Karksi_vallavalitsus, lk 19
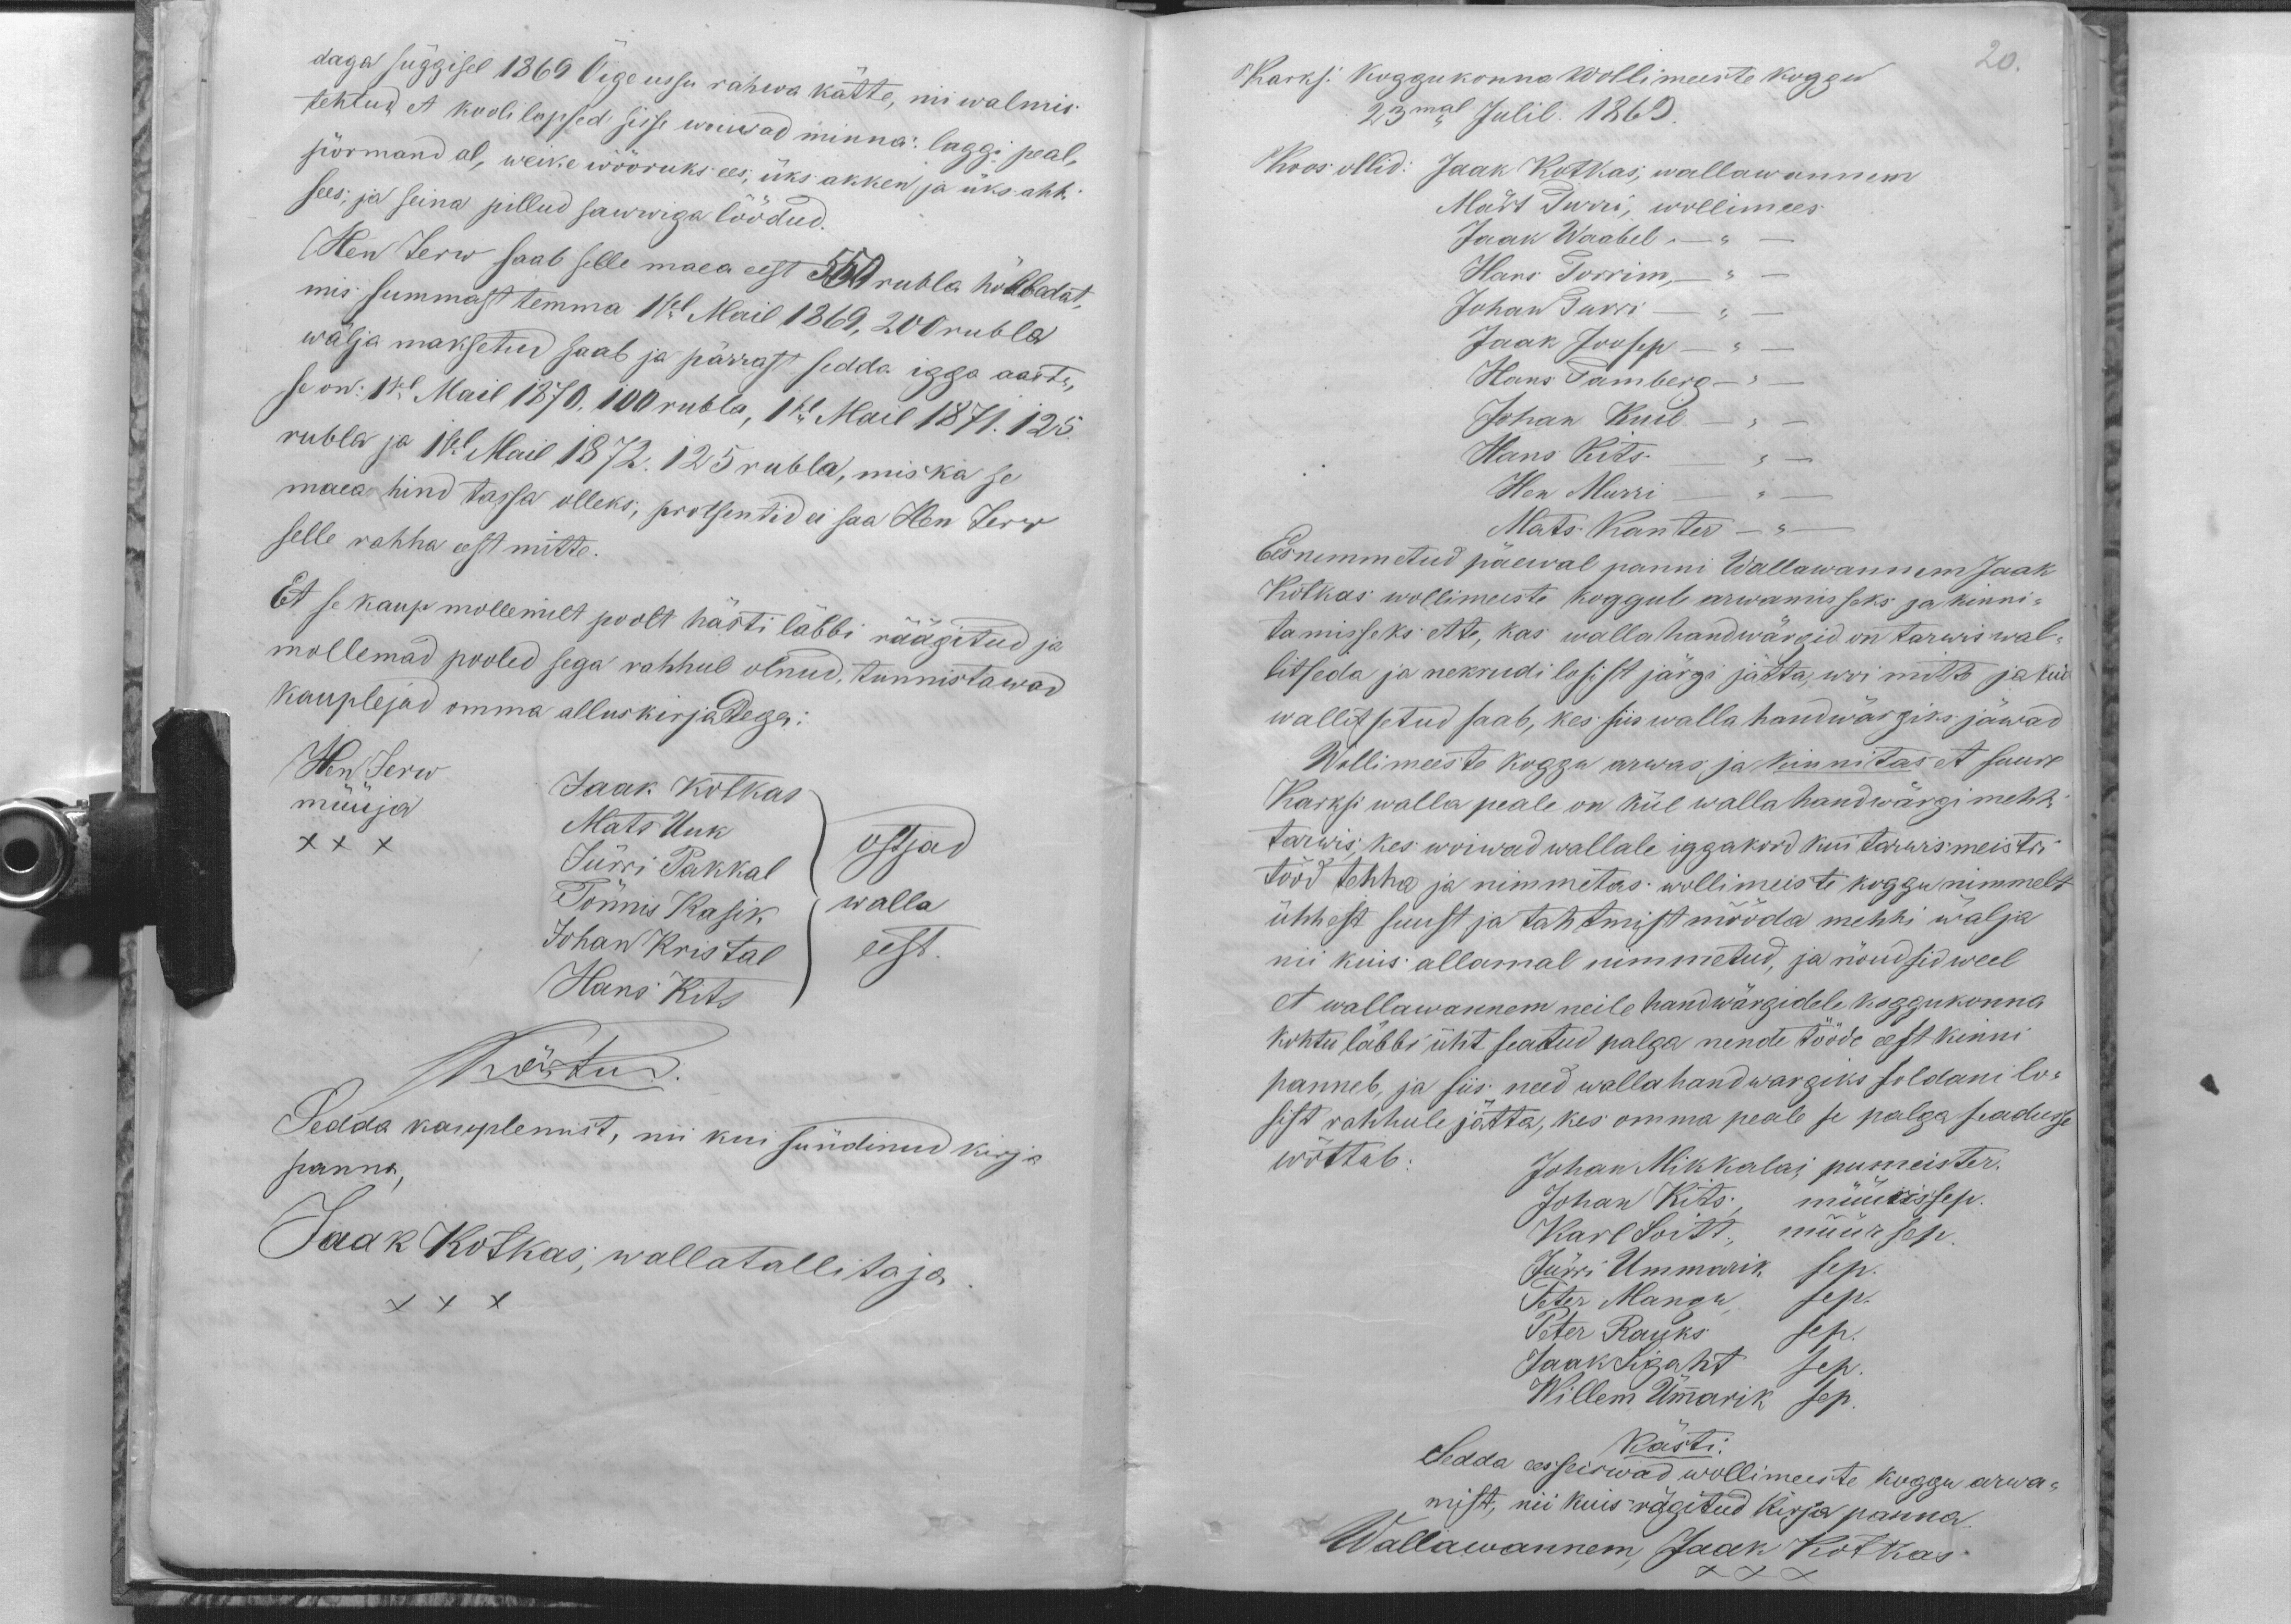
daga süggisel 1869 Õige ussu rahwa kätte, nii walmis
tehtud, et koolilapsed sisse woiwad minna: laggi peal,
põrmand al, weike wööruks ees, üks akken ja üks ahhi
sees; ja seina pillud sawwiga löödud.
Hen Jerw saab selle maa eest 550 rubla hõbbedat,
mis summast temma 1sel Mail 1869, 200 rubla
wälja maksetud saab ja pärrast sedda igga aasta,
se on: 1sel Mail 1870. 100 rubla, 1sel Mail 1871. 125.
rubla ja 1sel Mail 1872. 125 rubla, mis ka se
maa hind tassa olleks: protsentid ei saa Hen Jerw
selle rahha eest mitte.
Et se kaup mollemilt poolt hästi läbbi räägitud ja
mollemad pooled sega rahhul olnud, tunnistawad
kauplejad omma alluskirjadega.
Hen Jerw
Jaak Kotkas
müüja
XXX
Mats Uuk
Jürri Pakkal
Ostjad
Tõnnis Kasik
walla
Johan Kristal
Hans Kits
eest.
Kästud.
Sedda kauplemist, nii kui sündinud kirja
panna,
Jaak Kotkas; wallatallitaja
XXX

Karksi koggukonna wollimeeste koggu
20.
23mal Julil. 1869.
Koos ollid: Jaak Kotkas, wallawannem
Märt Turri, wollimees
Jaak Waabel, -
Hans Torrim,- " -
Johan Turri -
Jaak Joosep -
Hans Tamberg -
Johan Kuil
Hans Kits
Hen Murri
Mats Kanter -
Eesnimmetud päewal panni Wallawannem Jaak
Kotkas wollimeeste koggule arwamisseks ja kinni-
tamisseks ette, kas walla handwärgid on tarwis wal-
litseda ja nekrudi losist järgi jätta, woi mitte ja kui
wallitsetud saab, kes siis walla handwärgiks jäwad
Wollimeeste koggu arwas ja kinnitas et suure
Karksi walla peale on kül walla handwärgi mehhi
tarwis, kes woiwad wallale iggakord kui tarwis meistri
tööd tehha ja nimmetas wollimeeste koggu nimmelt
ühhest suust ja tahtmist mööda mehhi wälja
nii kuis allamal nimmetud, ja nõudsid weel
et wallawannem neile handwärgidele koggukonna
kohtu läbbi üht seatud palga nende tööde eest kinni
panneb, ja siis need wallahandwargiks soldani lo-
sist rahhule jätta, kes omma peale se palga seadusse
wõttab:
Johan Mikkalai, pumeister
Johan Kits müürissep.
Karl Loitt., müürsep.
Jürri Ummarik sep.
Peter Mangu sep.
Peter Rauks sep
Jaak Ligaht sep.
Willem Ümmarik sep.
Kästi:
Sedda eesseiswad wollimeeste koggu arwa-
mist, nii kuis rägitud kirja panna
Wallawannem, Jaak Kotkas
XXX